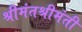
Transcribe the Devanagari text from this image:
श्रीमंतश्रीमंती